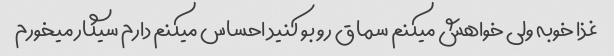
غذا خوبه ولی خواهش میکنم سماق رو بو کنید احساس میکنم دارم سیگار میخورم